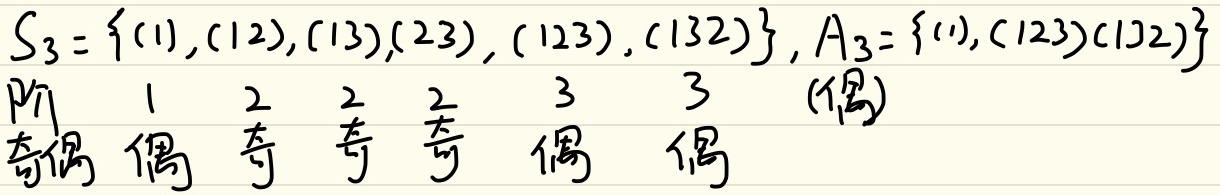
\[
\begin{align*}
S_{3} &= \{(1),(12),(13),(23),(123),(132)\}\\
\text{阶}&\quad1\quad2\quad2\quad2\quad3\quad3\quad(\text{偶})\\
\text{奇偶}&\quad\text{偶}\quad\text{奇}\quad\text{奇}\quad\text{奇}\quad\text{偶}\quad\text{偶}
\end{align*}
\]